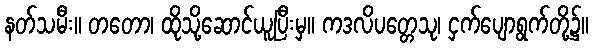
နတ်သမီး။ တတော၊ ထိုသို့ဆောင်ယူပြီးမှ။ ကဒလိပတ္တေသု၊ ငှက်ပျောရွက်တို့၌။